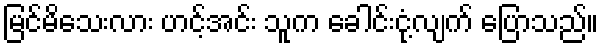
မြင်မိသေးလား ဟင့်အင်း သူက ခေါင်းငုံ့လျက် ပြောသည်။